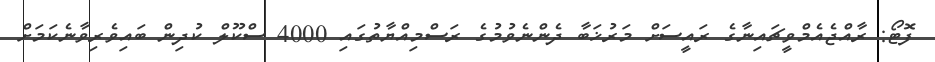
ފޮޓޯ: ރާއްޖެއެމްވީޗައިނާގެ ރައީސަށް މަރުޚަބާ ދެންނެވުމުގެ ރަސްމިއްޔާތުގައި 4000 ސްކޫލް ކުދިން ބައިވެރިވާނެކަމަށް